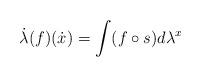
LaTeX: \begin{gather*}\dot\lambda(f)(\dot x)=\int (f\circ s)d\lambda^x\end{gather*}